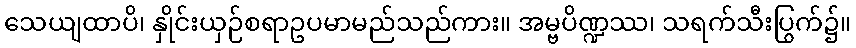
သေယျထာပိ၊ နှိုင်းယှဉ်စရာဥပမာမည်သည်ကား။ အမ္ဗပိဏ္ဍဿ၊ သရက်သီးပြွက်၌။